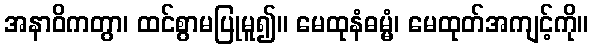
အနာဝိကတွာ၊ ထင်စွာမပြုမူ၍။ မေထုနံဓမ္မံ၊ မေထုတ်အကျင့်ကို။